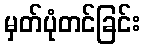
မှတ်ပုံတင်ခြင်း